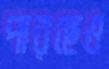
পারছেও